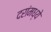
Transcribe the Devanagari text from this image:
दरांमध्ये